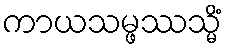
ကာယသမ္ဖဿသ္မိံ